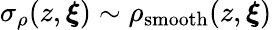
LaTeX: \sigma_{\rho}(z,\boldsymbol{\xi})\sim\rho_{\mathrm{smooth}}(z,\boldsymbol{\xi})